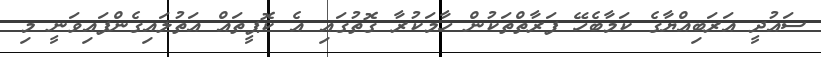
ސައުދީ އަރަބިއްޔާގެ ކަމާބެހޭ ފަރާތްތަކުން ހާމަކުރާ ގޮތުގައި އެ ކޮޕީތައް އަތުލައިގެންފައިވަނީ މި